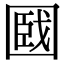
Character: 𡈑